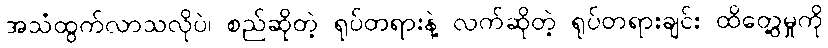
အသံထွက်လာသလိုပဲ၊ စည်ဆိုတဲ့ ရုပ်တရားနဲ့ လက်ဆိုတဲ့ ရုပ်တရားချင်း ထိတွေ့မှုကို